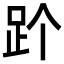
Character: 𬦡